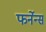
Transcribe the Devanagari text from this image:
फर्नेन्स